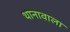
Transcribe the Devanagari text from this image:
थानावाला